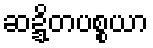
ဆဍ္ဍိတပစ္စယာ